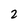
Character: 2